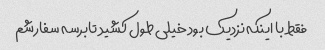
فقط با اینکه نزدیک بود خیلی طول کشید تابرسه سفارشم